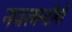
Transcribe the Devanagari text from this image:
नजरबन्दीयों